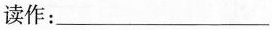
读作：___